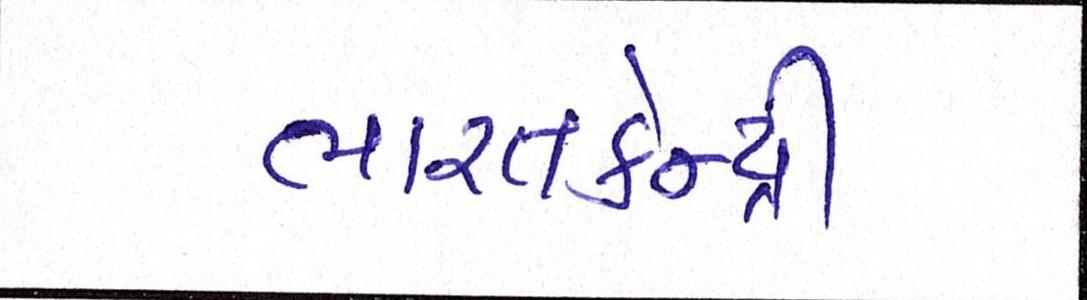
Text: ભારતકેન્દ્રી